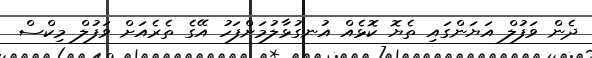
ދެން ވަފުލް އަޔަންގައި ތެޔޮ ކޮޅެއް އުނގުޅާލުމަށްފަހު އޭގެ ތެރެއަށް ވަފުލް މިކްސް